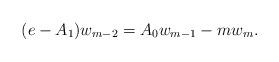
LaTeX: \begin{align*} (e-A_1)w_{m-2} = A_0 w_{m-1} - m w_m.\end{align*}